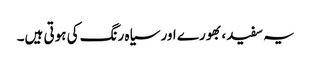
یہ سفید، بھورے اور سیاہ رنگ کی ہوتی ہیں۔